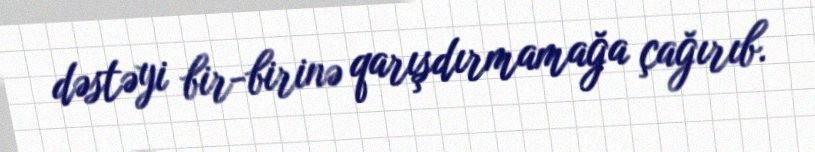
dəstəyi bir-birinə qarışdırmamağa çağırıb.